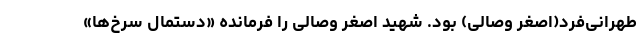
طهرانی‌فرد(اصغر وصالی) بود. شهید اصغر وصالی را فرمانده «دستمال سرخ‌ها»